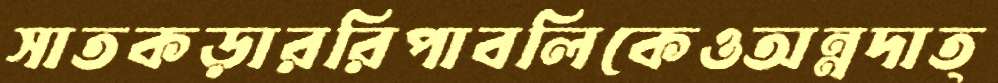
সাতকড়াররিপাবলিকেওঅন্নদাত্